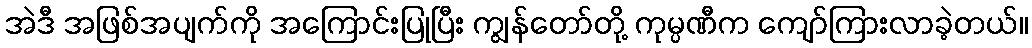
အဲဒီ အဖြစ်အပျက်ကို အကြောင်းပြုပြီး ကျွန်တော်တို့ ကုမ္ပဏီက ကျော်ကြားလာခဲ့တယ်။